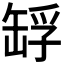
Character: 𦈴